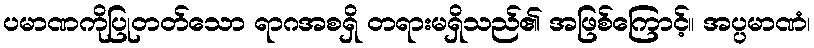
ပမာဏကိုပြုတတ်သော ရာဂအစရှိ တရားမရှိသည်၏ အဖြစ်ကြောင့်။ အပ္ပမာဏံ၊